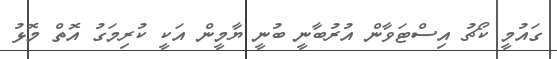
ގައުމީ ކޯޗު އިސްޓަވާން އުރުބާނީ ބުނީ ޔާމީން އަކީ ކުރިމަގު އޮތް މޮޅު